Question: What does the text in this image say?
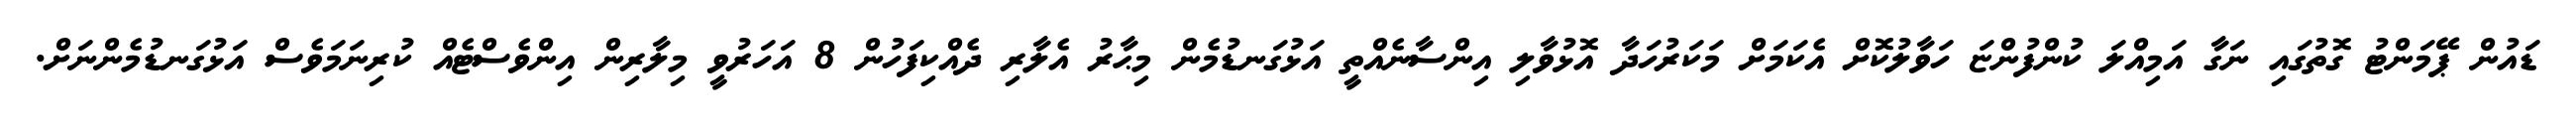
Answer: ޑައުން ޕޭމަންޓު ގޮތުގައި ނަގާ އަމިއްލަ ކުންފުންޏަ ހަވާލުކޮށް އެކަމަށް މަކަރުހަދާ އޮޅުވާލި އިންސާނެއްތީ އަޅުގަނޑުމެން މިޙާރު އެލާރި ދެއްކިފަހުން 8 އަހަރުވީ މިލާރިން އިންވެސްޓެއް ކުރިނަމަވެސް އަޅުގަނޑުމެންނަށް.